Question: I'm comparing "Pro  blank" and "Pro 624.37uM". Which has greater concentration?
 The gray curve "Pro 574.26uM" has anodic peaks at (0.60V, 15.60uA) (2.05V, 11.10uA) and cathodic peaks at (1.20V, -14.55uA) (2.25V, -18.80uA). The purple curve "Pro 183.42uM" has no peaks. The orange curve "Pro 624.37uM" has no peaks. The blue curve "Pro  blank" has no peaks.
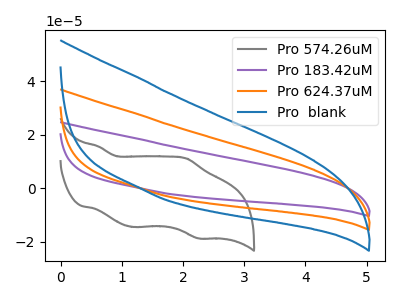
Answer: <think>Neither "Pro  blank" or "Pro 624.37uM" have any peaks.
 </think>
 <answer>I cant tell if "Pro  blank" or "Pro 624.37uM" has higher concentration.</answer>
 <eval>mixed_concentration</eval>